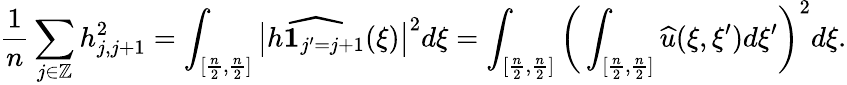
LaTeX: \frac{1}{n}\sum_{j\in\mathbb{Z}}h_{j,j+1}^{2}=\int_{[\frac{n}{2},\frac{n}{2}]}\big|\widehat{h\mathbf{1}_{j^{\prime}=j+1}}(\xi)\big|^{2}d\xi=\int_{[\frac{n}{2},\frac{n}{2}]}\bigg(\int_{[\frac{n}{2},\frac{n}{2}]}\widehat{u}(\xi,\xi^{\prime})d\xi^{\prime}\bigg)^{2}d\xi.